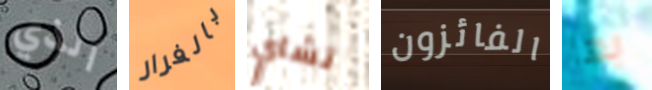
الذي بالفرار تشاي الفائزون بها